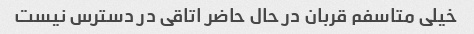
خیلی متاسفم قربان در حال حاضر اتاقی در دسترس نیست